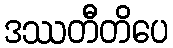
ဒဿတီတိပေ